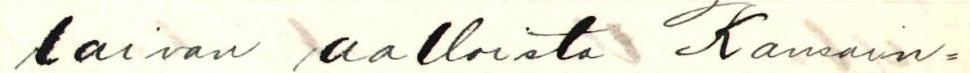
laivan aalloista Kansain=